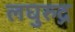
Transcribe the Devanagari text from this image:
लघुरुद्र